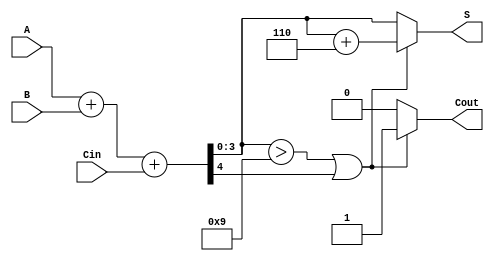
module BCD_Conditional_Adder (
    input [3:0] A,      // First BCD digit
    input [3:0] B,      // Second BCD digit
    input Cin,          // Carry input
    output reg [3:0] S, // BCD sum output
    output reg Cout     // Carry output
);

    wire [4:0] Sum;     // Intermediate 5-bit sum
    wire Adj;           // Adjustment signal

    // Calculate the intermediate sum
    assign Sum = A + B + Cin;

    // Determine if adjustment is needed
    assign Adj = (Sum[3:0] > 4'd9) || Sum[4];

    // Calculate the output and carry-out
    always @(*) begin
        if (Adj) begin
            S = Sum[3:0] + 4'd6; // Adjust by adding 6
            Cout = 1;            // Set carry-out
        end else begin
            S = Sum[3:0];        // No adjustment needed
            Cout = 0;            // No carry-out
        end
    end

endmodule